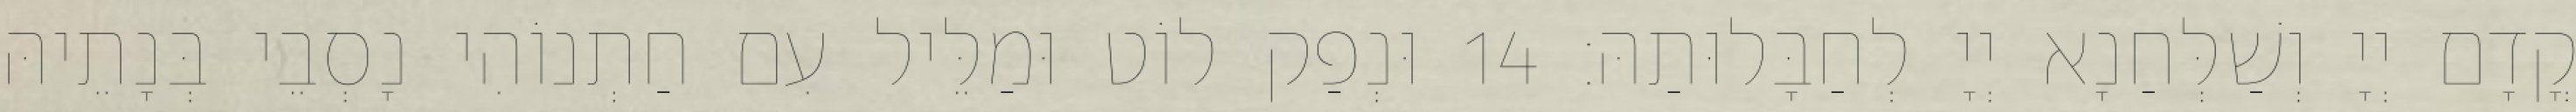
קֳדָם יְיָ וְשַׁלְּחַנָא יְיָ לְחַבָּלוּתַהּ׃ 14 וּנְפַק לוֹט וּמַלֵּיל עִם חַתְנוֹהִי נָסְבֵי בְּנָתֵיהּ